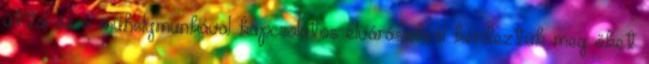
úttal és a műhelymunkával kapcsolatos elvárásaikról kérdeztük meg őket